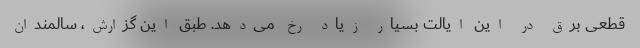
قطعی برق در این ایالت بسیار زیاد رخ می‌دهد. طبق این گزارش، سالمندان